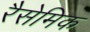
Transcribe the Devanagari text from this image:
रैसेमिक